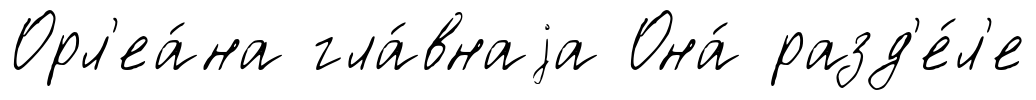
Орл'еа́на гла́внаjа Она́ разд'е́л'е